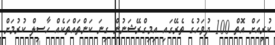
ކުރިއަށް އޮތް 100 ދުވަހުގެ ތެރޭގައި އިމިގްރޭޝަނުން ގިނަ ކަންތައްތަކެއް ހާސިލް ކުރުމަށް